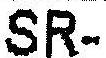
SR-